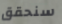
سنحقق